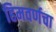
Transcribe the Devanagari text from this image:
हिमवर्णचा